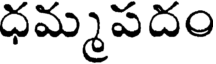
ధమ్మపదం